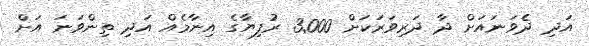
އަދި ދެވަނައަށް ދާ ދަރިވަރަކަށް 3